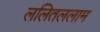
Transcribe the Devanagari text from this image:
ललितललाम